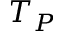
T _ { P }